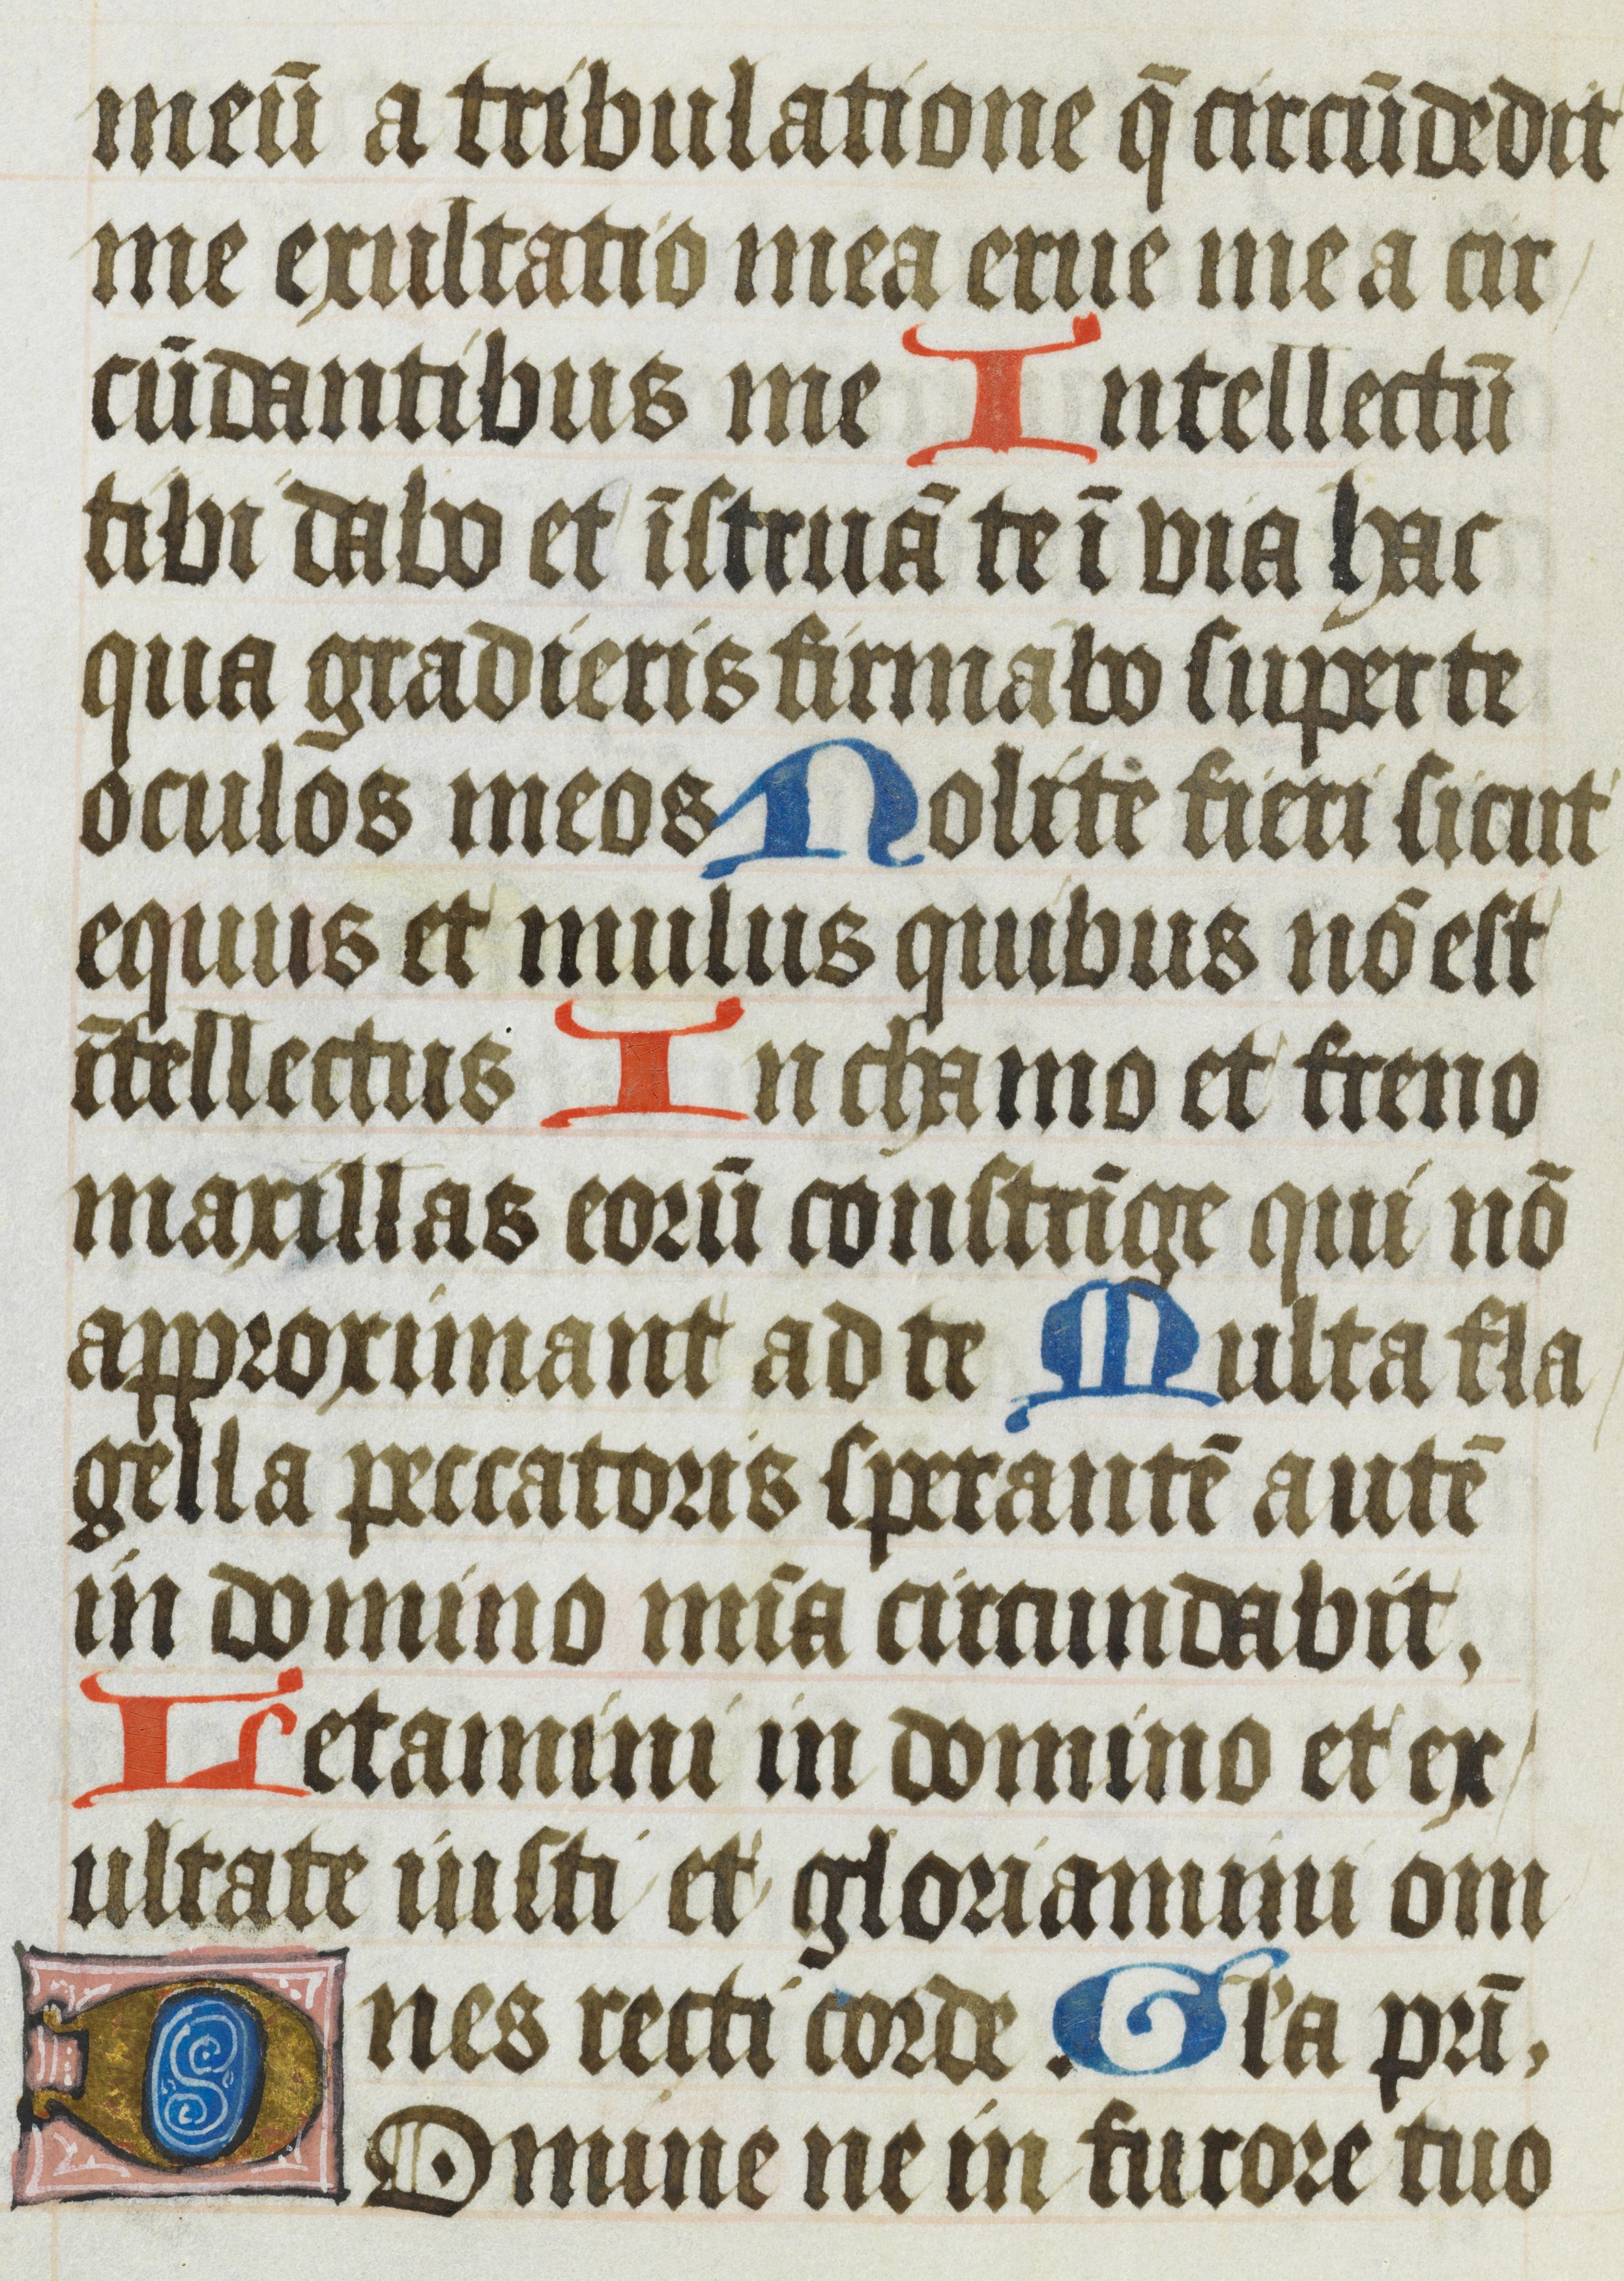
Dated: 1485–1515